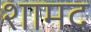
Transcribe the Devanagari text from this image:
शामद